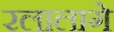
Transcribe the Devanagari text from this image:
रलालागे